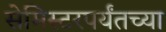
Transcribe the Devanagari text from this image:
सेमिस्टरपर्यंतच्या